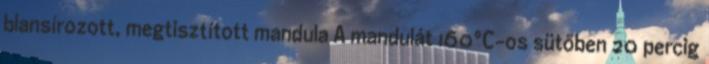
blansírozott, megtisztított mandula A mandulát 160°C-os sütőben 20 percig